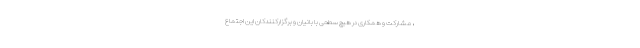
، مشارکت و همکاری در هیچ سطحی با بانیان و برگزارکنندکان این اجتماع